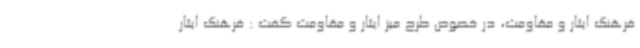
فرهنگ ایثار و مقاومت، در خصوص طرح میز ایثار و مقاومت گفت : فرهنگ ایثار